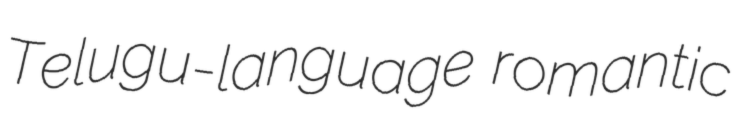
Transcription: Telugu-language romantic